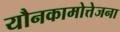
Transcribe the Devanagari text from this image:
यौनकामोत्तेजना